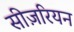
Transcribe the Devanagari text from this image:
सीज़रियन